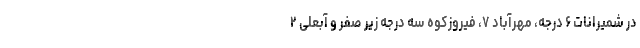
در شمیرانات ۶ درجه، مهرآباد ۷، فیروزکوه سه درجه زیر صفر و آبعلی ۲